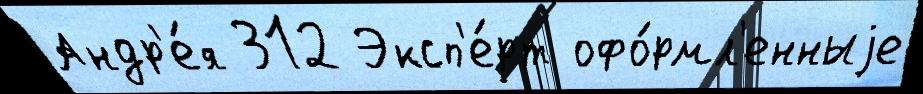
Андр'е́я 312 Эксп'е́рт офо́рмл'енныjе